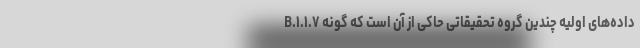
داده‌های اولیه چندین گروه تحقیقاتی حاکی از آن است که گونه B.۱.۱.۷